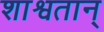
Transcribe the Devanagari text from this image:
शाश्वतान्